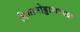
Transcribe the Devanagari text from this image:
विमानोड्डाणाच्या